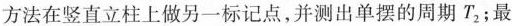
方法在竖直立柱上做另一标记，并测出单摆的周期T_{2};最